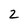
Character: 2